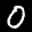
Label: 0